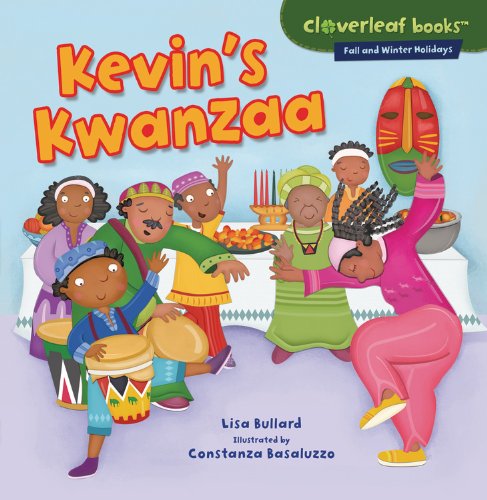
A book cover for Kevin's Kwanzaa (Cloverleaf Books: Fall and Winter Holidays); Lisa Bullard; Children's Books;